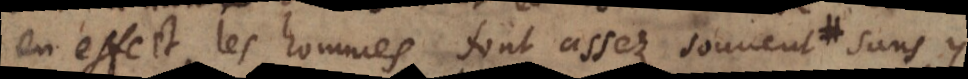
en effect les hommes font assez souvent sans y